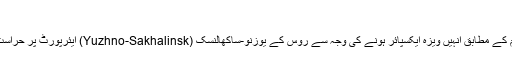
'
فیصل قریشی کی جانب سے شیئر کیے گئے فخر عالم کے پیغام کے مطابق انہیں ویزہ ایکسپائر ہونے کی وجہ سے روس کے یوزنو-ساکھالنسک (Yuzhno-Sakhalinsk) ایئرپورٹ پر حراست میں لینے کے بعد واپس جاپان جانے پر مجبور کیا جا رہا تھا۔